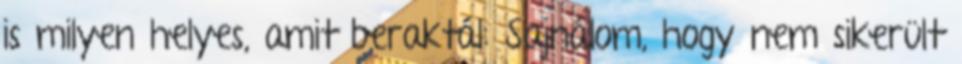
is milyen helyes, amit beraktál: Sajnálom, hogy nem sikerült